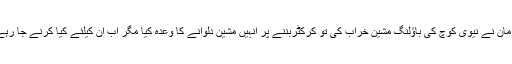
فخر زمان نے نیوی کوچ کی باؤلنگ مشین خراب کی تو کرکٹربننے پر انہیں مشین دلوانے کا وعدہ کیا مگر اب ان کیلئے کیا کرنے جا رہے ہیں؟